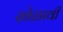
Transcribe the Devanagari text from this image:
खेळावी